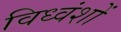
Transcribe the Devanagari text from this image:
विध्वंशों